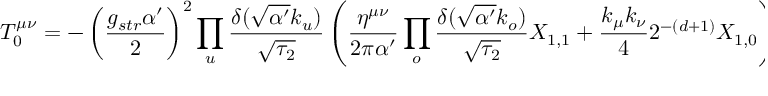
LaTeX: T _ { 0 } ^ { \mu \nu } = - \left( \frac { g _ { s t r } \alpha ^ { \prime } } { 2 } \right) ^ { 2 } \prod _ { u } \frac { \delta ( \sqrt { \alpha ^ { \prime } } k _ { u } ) } { \sqrt { \tau _ { 2 } } } \left( \frac { \eta ^ { \mu \nu } } { 2 \pi \alpha ^ { \prime } } \prod _ { o } \frac { \delta ( \sqrt { \alpha ^ { \prime } } k _ { o } ) } { \sqrt { \tau _ { 2 } } } X _ { 1 , 1 } + \frac { k _ { \mu } k _ { \nu } } { 4 } 2 ^ { - ( d + 1 ) } X _ { 1 , 0 } \right)